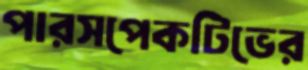
পারসপেকটিভের